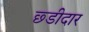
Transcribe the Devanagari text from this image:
छ्डीदार